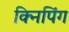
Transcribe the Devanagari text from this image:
क्निपिंग